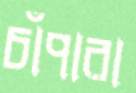
চাঁপারা